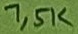
Text: 7,5K